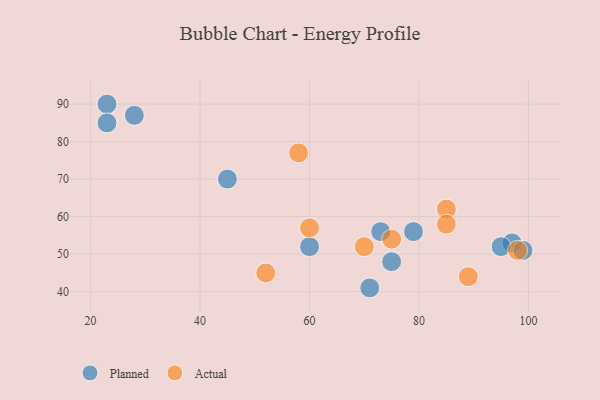
{"axis": {"x": "GDP", "y": "Life Expectancy"}, "legend": ["Actual", "Planned"], "data": [{"x": "71", "y": 41, "type": "Planned"}, {"x": "97", "y": 53, "type": "Planned"}, {"x": "60", "y": 52, "type": "Planned"}, {"x": "45", "y": 70, "type": "Planned"}, {"x": "73", "y": 56, "type": "Planned"}, {"x": "28", "y": 87, "type": "Planned"}, {"x": "95", "y": 52, "type": "Planned"}, {"x": "23", "y": 90, "type": "Planned"}, {"x": "75", "y": 48, "type": "Planned"}, {"x": "99", "y": 51, "type": "Planned"}, {"x": "23", "y": 85, "type": "Planned"}, {"x": "79", "y": 56, "type": "Planned"}, {"x": "70", "y": 52, "type": "Actual"}, {"x": "89", "y": 44, "type": "Actual"}, {"x": "85", "y": 62, "type": "Actual"}, {"x": "60", "y": 57, "type": "Actual"}, {"x": "75", "y": 54, "type": "Actual"}, {"x": "98", "y": 51, "type": "Actual"}, {"x": "52", "y": 45, "type": "Actual"}, {"x": "85", "y": 58, "type": "Actual"}, {"x": "58", "y": 77, "type": "Actual"}]}